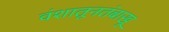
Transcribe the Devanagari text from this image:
वंशातूनतंबाखू